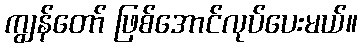
ကျွန်တော် ဖြစ်အောင်လုပ်ပေးမယ်။